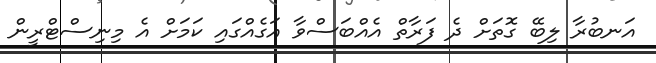
އަނބުރާ ލިބޭ ގޮތަށް ދެ ފަރާތް އެއްބަސްވާ އަގެއްގައި ކަމަށް އެ މިނިސްޓްރީން